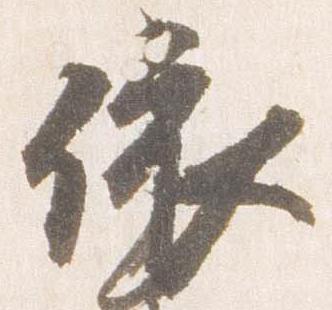
依